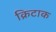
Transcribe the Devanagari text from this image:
क्रिटाक